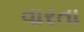
વારતા